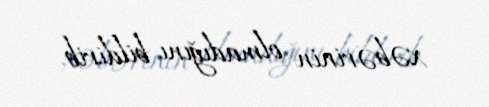
xəbərinin olmadığını bildirib.